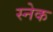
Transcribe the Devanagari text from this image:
स्‍नेक